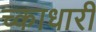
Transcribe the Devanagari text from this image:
च्काधारी